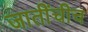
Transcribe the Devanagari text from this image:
जातींचीच